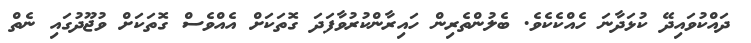
ދައްކުވައިދޭ ކުޅަދާނަ ހެއްކެކެވެ. ބެލުންތެރިން ހައިރާންކުރުވާފަދަ ގޮތަކަށް އެއްވެސް ގޮތަކަށް ވުޖޫދުގައި ނެތް